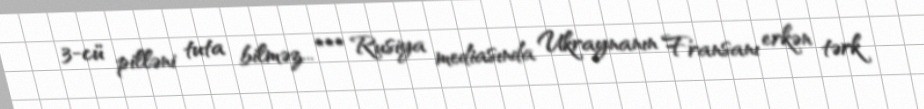
3-cü pilləni tuta bilməz... *** Rusiya mediasında Ukraynanın Fransanı erkən tərk